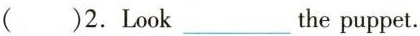
( )2. Look___the puppet.